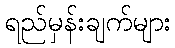
ရည်မှန်းချက်များ